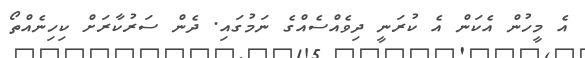
އެ މީހުން އެކަން އެ ކުރަނީ ދިވެއްސެއްގެ ނަމުގައި. ދެން ސަރުކާރަށް ކިހިނެއްތޯ